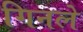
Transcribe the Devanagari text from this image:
गिनले